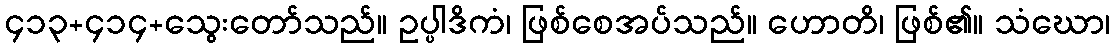
၄၁၃+၄၁၄+သွေးတော်သည်။ ဥပ္ပါဒိကံ၊ ဖြစ်စေအပ်သည်။ ဟောတိ၊ ဖြစ်၏။ သံဃော၊